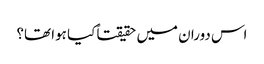
اس دوران میں حقیقتاً کیا ہوا تھا؟